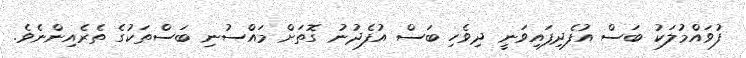
ފުވައްމުލަކު ބަސް އުފެދިފައިވަނީ ދިވެހި ބަސް އުފެދުނު ގޮތަށް މައްސުނި ބަސްތަކުގެ ތެރެއިންނެވެ.